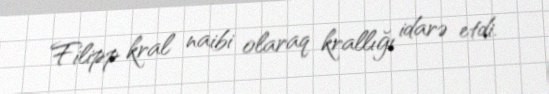
Filipp kral naibi olaraq krallığı idarə etdi.